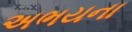
અભયના